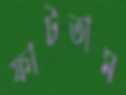
ফাটতাম